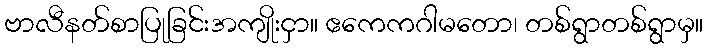
ဗာလီနတ်စာပြုခြင်းအကျိုးငှာ။ ဧကေကဂါမတော၊ တစ်ရွာတစ်ရွာမှ။